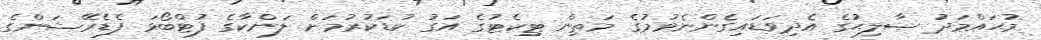
މުޙައްމަދު ޞާލިޙުގެ އެދިވަޑައިގެންނެވުމުގެ މަތިން ޓިކެޓުގެ އަގު ކުޑަކުރުމަށް ލަންކާގެ ފުޓްބޯޅަ ފެޑެރޭޝަންގެ